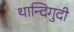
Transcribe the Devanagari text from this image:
थान्दिगुदी